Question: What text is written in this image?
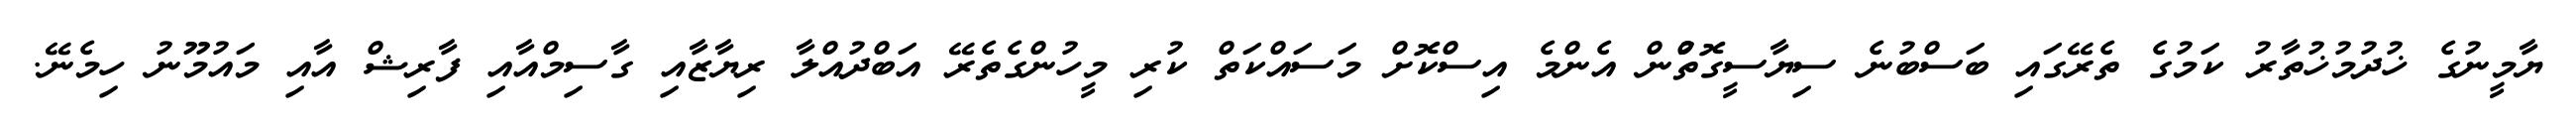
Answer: ޔާމީނުގެ ޚުދުމުޚުތާރު ކަމުގެ ތެރޭގައި ބަސްބުނެ ސިޔާސީގޮތުްން އެންމެ އިސްކޮށް މަސައްކަތް ކުރި މީހުންގެތެރޭ އަބްދުއްލާ ރިޔާޒާއި ގާސިމްއާއި ފާރިޝް އާއި މައުމޫނު ހިމެނޭ.